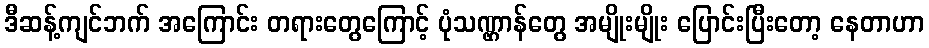
ဒီဆန့်ကျင်ဘက် အကြောင်း တရားတွေကြောင့် ပုံသဏ္ဌာန်တွေ အမျိုးမျိုး ပြောင်းပြီးတော့ နေတာဟာ